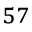
^ { 5 7 }